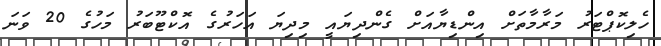
ހެލިކޮޕްޓަރު މަރާމާތަށް އިންޑިޔާއަށް ގެންދިޔައީ މިދިޔަ އަހަރުގެ އޮކްޓޫބަރު މަހުގެ 20 ވަނަ